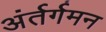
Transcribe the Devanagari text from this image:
अंर्तर्गमन